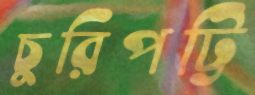
চুরিপট্টি